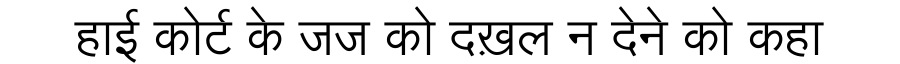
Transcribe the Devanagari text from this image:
हाई कोर्ट के जज को दख़ल न देने को कहा